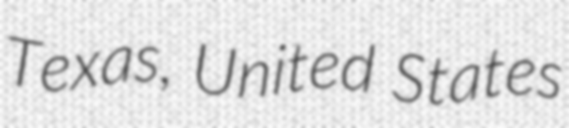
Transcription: Texas, United States